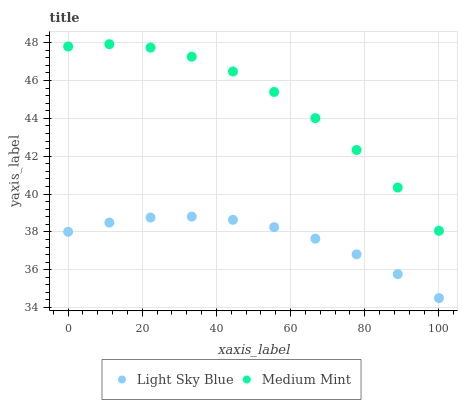
| xaxis_label | Light Sky Blue | Medium Mint |
 | --- | --- | --- |
 | 0 | 38 | 47.8 |
 | 11.1 | 38.5 | 47.9 |
 | 22.2 | 38.8 | 47.7 |
 | 33.3 | 38.8 | 47.3 |
 | 44.4 | 38.6 | 46.5 |
 | 55.6 | 38.2 | 45.4 |
 | 66.7 | 37.6 | 44 |
 | 77.8 | 36.8 | 42.3 |
 | 88.9 | 35.8 | 40.3 |
 | 100 | 34.5 | 38.1 |